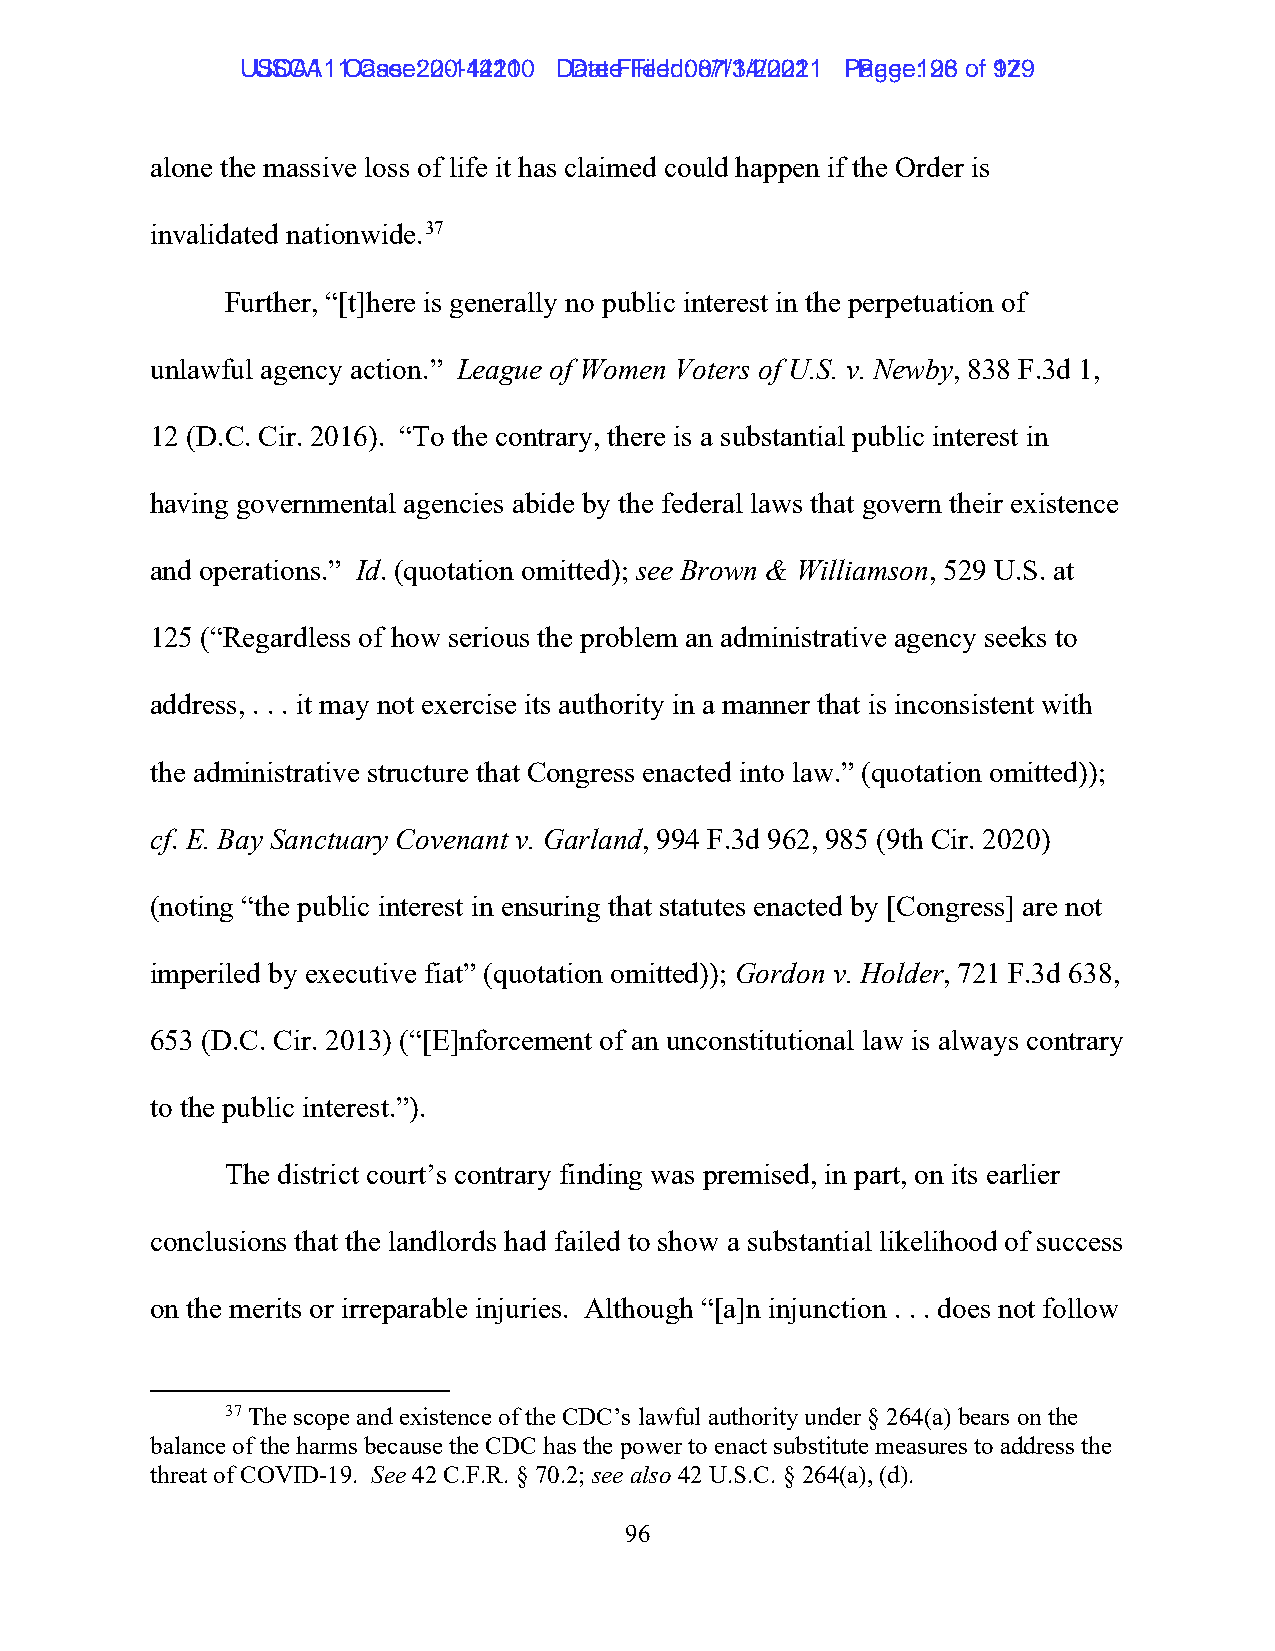
UUSSCCAA1111 C Caasese: :2 200-1-144221100 D Daatete F Fileiledd: :0 087/1/134/2/2002211 P Paaggee: :1 9268 ooff 9172 9
 alone the massive loss of life it has claimed could happen if the Order is
 invalidated nationwide.37
 Further, “[t]here is generally no public interest in the perpetuation of
 unlawful agency action.” League of Women Voters of U.S. v. Newby, 838 F.3d 1,
 12 (D.C. Cir. 2016). “To the contrary, there is a substantial public interest in
 having governmental agencies abide by the federal laws that govern their existence
 and operations.” Id. (quotation omitted); see Brown & Williamson, 529 U.S. at
 125 (“Regardless of how serious the problem an administrative agency seeks to
 address, . . . it may not exercise its authority in a manner that is inconsistent with
 the administrative structure that Congress enacted into law.” (quotation omitted));
 cf. E. Bay Sanctuary Covenant v. Garland, 994 F.3d 962, 985 (9th Cir. 2020)
 (noting “the public interest in ensuring that statutes enacted by [Congress] are not
 imperiled by executive fiat” (quotation omitted)); Gordon v. Holder, 721 F.3d 638,
 653 (D.C. Cir. 2013) (“[E]nforcement of an unconstitutional law is always contrary
 to the public interest.”).
 The district court’s contrary finding was premised, in part, on its earlier
 conclusions that the landlords had failed to show a substantial likelihood of success
 on the merits or irreparable injuries. Although “[a]n injunction . . . does not follow
 37 The scope and existence of the CDC’s lawful authority under § 264(a) bears on the
 balance of the harms because the CDC has the power to enact substitute measures to address the
 threat of COVID-19. See 42 C.F.R. § 70.2; see also 42 U.S.C. § 264(a), (d).
 96